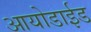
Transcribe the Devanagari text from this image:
आयोडाईड